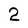
Character: 2